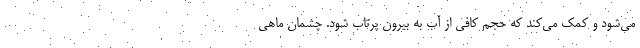
می‌شود و کمک می‌کند که حجم کافی از آب به بیرون پرتاب شود. چشمان ماهی